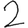
Digit: 2